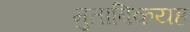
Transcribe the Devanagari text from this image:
मुताबिकयह